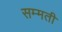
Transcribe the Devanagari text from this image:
सम्मती